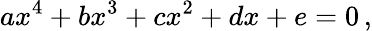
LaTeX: ax^{4}+bx^{3}+cx^{2}+dx+e=0\, ,